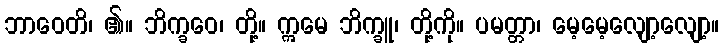
ဘာဝေတိ၊ ၏။ ဘိက္ခဝေ၊ တို့။ ဣမေ ဘိက္ခူ၊ တို့ကို။ ပမတ္တာ၊ မေ့မေ့လျော့လျော့။